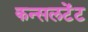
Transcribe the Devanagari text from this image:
कन्सलटेंट